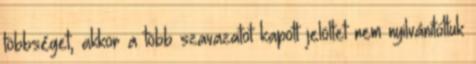
többséget, akkor a több szavazatot kapott jelöltet nem nyilvánítottuk